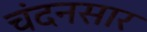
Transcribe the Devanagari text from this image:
चंदनसार